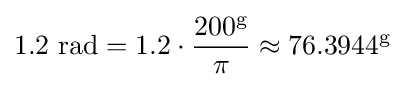
1.2{\text{ rad}}=1.2\cdot {\frac {200^{\text{g}}}{\pi }}\approx 76.3944^{\text{g}}